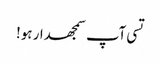
تسی آپ سمجھدار ہو!